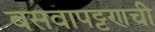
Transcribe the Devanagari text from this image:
बसवापट्टणची